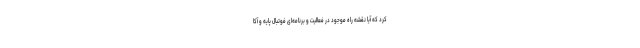
کرد که آیا نقشه راه موجود در فعالیت و برنامه‌ای فوتبال پایه و آکا